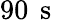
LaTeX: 90\, \mathrm{~s~}